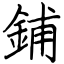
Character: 鋪